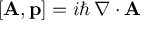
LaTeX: \left[ \mathbf { A } , \mathbf { p } \right] = i \hbar \, \nabla \cdot \mathbf { A }